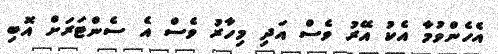
އެހެންވުމާ އެކު އޭރު ވެސް އަދި މިހާރު ވެސް އެ ސެންޓަރަށް އޮބި